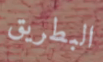
البطريق